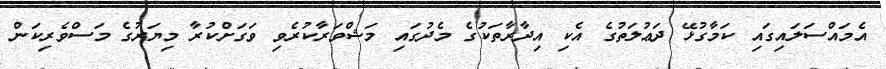
އެމައްސަލައިގައި ކަމާގުޅޭ ދަޢުލަތުގެ އެކި އިދާރާތަކުގެ މެދުގައި މަޝްވަރާކުރެވި ވަގަށްކުރާ މިޔަރުގެ މަސްވެރިކަން